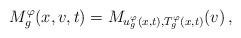
LaTeX: \begin{align*}M_g^\varphi(x,v,t) = M_{u_g^\varphi(x,t),T_g^\varphi(x,t)}(v)\,,\end{align*}